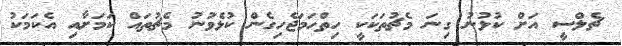
ޗެލްސީ އަށް ކުޅުނު ގިނަ މެޗުތަކަކީ ހިތްހަމަޖެހިގެން ކުޅެވުނު މެޗުތައް ކަމަށާއި އެކަމަކު